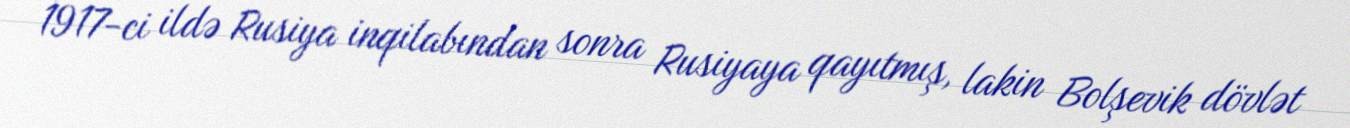
1917-ci ildə Rusiya inqilabından sonra Rusiyaya qayıtmış, lakin Bolşevik dövlət